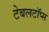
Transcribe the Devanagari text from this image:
टेबलटॉप्स